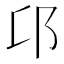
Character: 𨙪